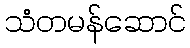
သံတမန်ဆောင်